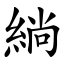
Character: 緔